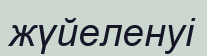
жүйеленуі